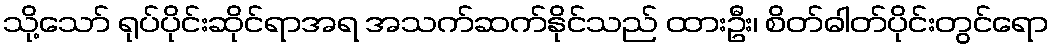
သို့သော် ရုပ်ပိုင်းဆိုင်ရာအရ အသက်ဆက်နိုင်သည် ထားဦး၊ စိတ်ဓါတ်ပိုင်းတွင်ရော